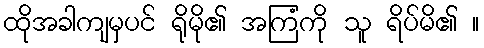
ထိုအခါကျမှပင် ရိုမို၏ အကြံကို သူ ရိပ်မိ၏ ။